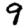
Digit: 9